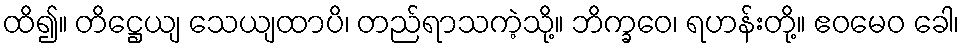
ထိ၍။ တိဋ္ဌေယျ သေယျထာပိ၊ တည်ရာသကဲ့သို့။ ဘိက္ခဝေ၊ ရဟန်းတို့။ ဧဝမေဝ ခေါ၊